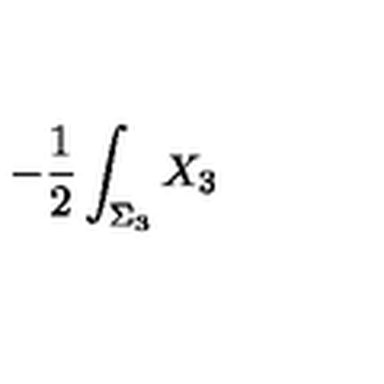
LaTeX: - { \frac { 1 } { 2 } } \int _ { \Sigma _ { 3 } } X _ { 3 }